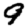
Digit: 9